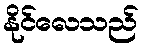
နိုင်လေသည်